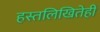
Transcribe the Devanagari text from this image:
हस्तलिखितेही